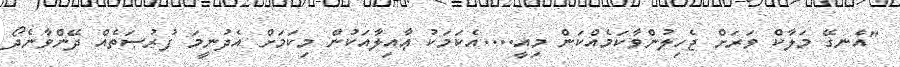
"އެނގޭ މަލާކް ވަރަށް ޖެހިލުންވާކަމެއްކަން މިއީ....އެކަމަކު ޢާއިލާއަކުން މިކަމަށް އެދުނީމަ ފުރުޞަތެއް ދޭންވާނެދޯ